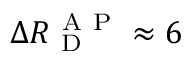
\Delta R _ { \mathrm { ~ D ~ } } ^ { \mathrm { ~ A ~ P ~ } } \approx 6